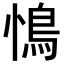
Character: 𮬩